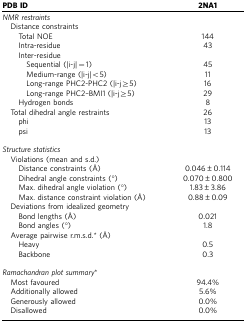
<table><thead><tr><td><b>PDB ID</b></td><td><b>2NA1</b></td></tr></thead><tbody><tr><td colspan="2"><i>NMR restraints</i></td></tr><tr><td colspan="2"> Distance constraints</td></tr><tr><td>Total NOE</td><td>144</td></tr><tr><td>Intra-residue</td><td>43</td></tr><tr><td colspan="2">Inter-residue</td></tr><tr><td>Sequential (|i-j|=1)</td><td>45</td></tr><tr><td>Medium-range (|i-j|&lt;5)</td><td>11</td></tr><tr><td>Long-range PHC2-PHC2 (|i-j≥5)</td><td>16</td></tr><tr><td>Long-range PHC2–BMI1 (|i-j≥5)</td><td>29</td></tr><tr><td>Hydrogen bonds</td><td>8</td></tr><tr><td> Total dihedral angle restraints</td><td>26</td></tr><tr><td>phi</td><td>13</td></tr><tr><td>psi</td><td>13</td></tr><tr><td> </td><td> </td></tr><tr><td colspan="2"><i>Structure statistics</i></td></tr><tr><td colspan="2"> Violations (mean and s.d.)</td></tr><tr><td>Distance constraints (Å)</td><td>0.046±0.114</td></tr><tr><td>Dihedral angle constraints (°)</td><td>0.070±0.800</td></tr><tr><td>Max. dihedral angle violation (°)</td><td>1.83±3.86</td></tr><tr><td>Max. distance constraint violation (Å)</td><td>0.88±0.09</td></tr><tr><td colspan="2"> Deviations from idealized geometry</td></tr><tr><td>Bond lengths (Å)</td><td>0.021</td></tr><tr><td>Bond angles (°)</td><td>1.8</td></tr><tr><td colspan="2"> Average pairwise r.m.s.d.* (Å)</td></tr><tr><td>Heavy</td><td>0.5</td></tr><tr><td>Backbone</td><td>0.3</td></tr><tr><td> </td><td> </td></tr><tr><td colspan="2"><i>Ramachandran plot summary</i>*</td></tr><tr><td> Most favoured</td><td>94.4%</td></tr><tr><td> Additionally allowed</td><td>5.6%</td></tr><tr><td> Generously allowed</td><td>0.0%</td></tr><tr><td> Disallowed</td><td>0.0%</td></tr></tbody></table>